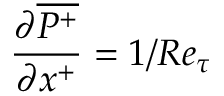
\frac { \partial \overline { { P ^ { + } } } } { \partial x ^ { + } } = { 1 / R e _ { \tau } }